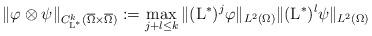
LaTeX: \begin{align*}\|\varphi\otimes\psi\|_{C^{k}_{{\rm L}^*}(\overline{\Omega}\times \overline{\Omega})}:=\max_{j+l\leq k}\|({\rm L}^*)^{j}\varphi\|_{L^2(\Omega)}\|({\rm L}^*)^{l}\psi\|_{L^2(\Omega)}\end{align*}